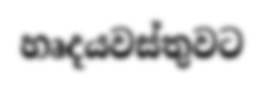
හෘදයවස්තුවට